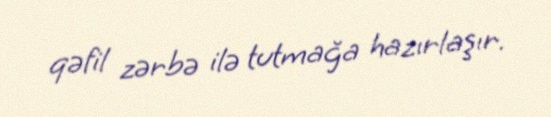
qəfil zərbə ilə tutmağa hazırlaşır.